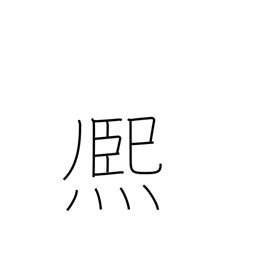
Meaning: shine